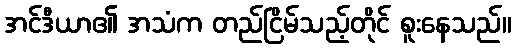
အင်ဒီယာ၏ အသံက တည်ငြိမ်သည့်တိုင် စူးနေသည်။